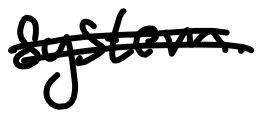
Text: system.
Cross-out: double-line
Writing tool: digital_black